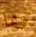
ربما